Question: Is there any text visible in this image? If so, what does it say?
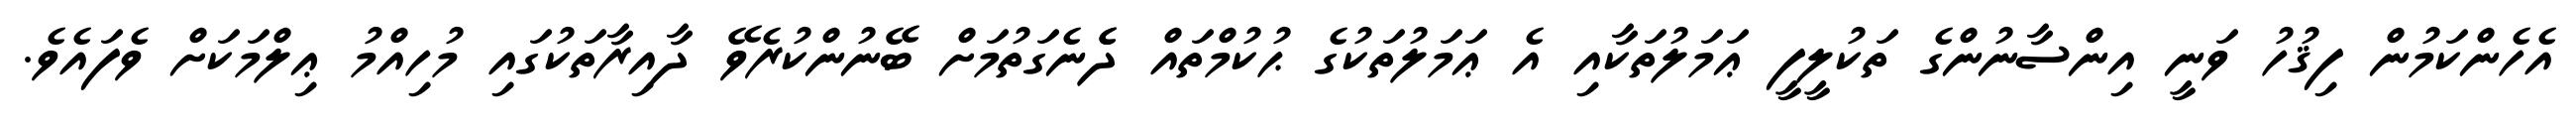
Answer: އެހެންކަމުން ފިޤުހު ވަނީ އިންސާނުންގެ ތަކުލީފީ ޢަމަލުތަކާއި އެ ޢަމަލުތަކުގެ ޙުކުމްތައް ދެެނެގަތުމަށް ބޭނުންކުރެވޭ ދާއިރާތަކުގައި މުހިއްމު ޢިލްމަކަށް ވެފައެވެ.